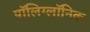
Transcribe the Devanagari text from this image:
पॉलिग्लॉनिक